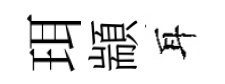
珥顓耳